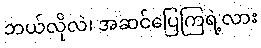
ဘယ်လိုလဲ၊ အဆင်ပြေကြရဲ့လား